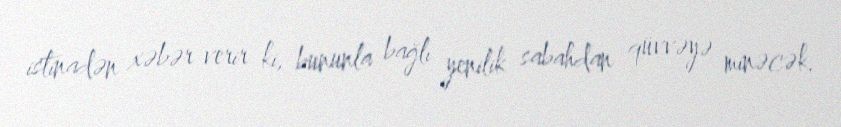
istinadən xəbər verir ki, bununla bağlı yenilik sabahdan qüvvəyə minəcək.